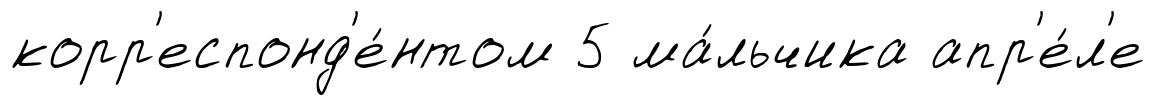
корр'еспонд'е́нтом 5 ма́льчика апр'е́л'е